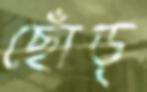
ছোঁড়্‌